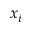
x _ { i }